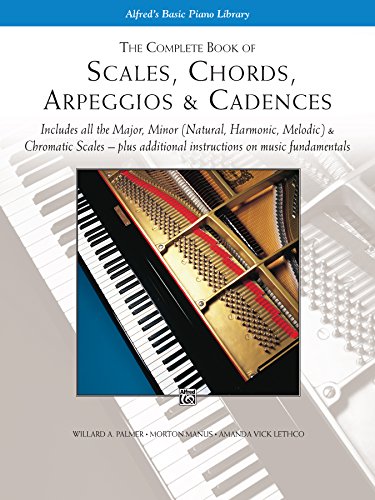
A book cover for Scales, Chords, Arpeggios and Cadences: Complete Book; Willard Palmer; Arts & Photography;